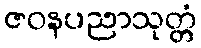
ဇဝနပညာသုတ္တံ